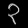
Digit: ၃